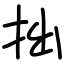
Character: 拙